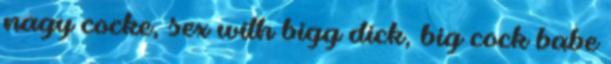
nagy cocke, sex with bigg dick, big cock babe